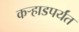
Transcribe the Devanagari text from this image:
कर्‍हाडपर्यंत